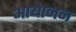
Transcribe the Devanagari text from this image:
आयेाजन